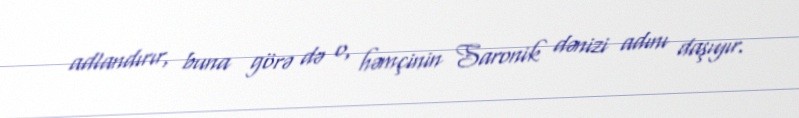
adlandırır, buna görə də o, həmçinin Saronik dənizi adını daşıyır.